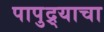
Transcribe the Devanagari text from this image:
पापुद्र्याचा